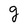
Character: g